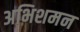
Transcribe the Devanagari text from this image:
अभिशमन